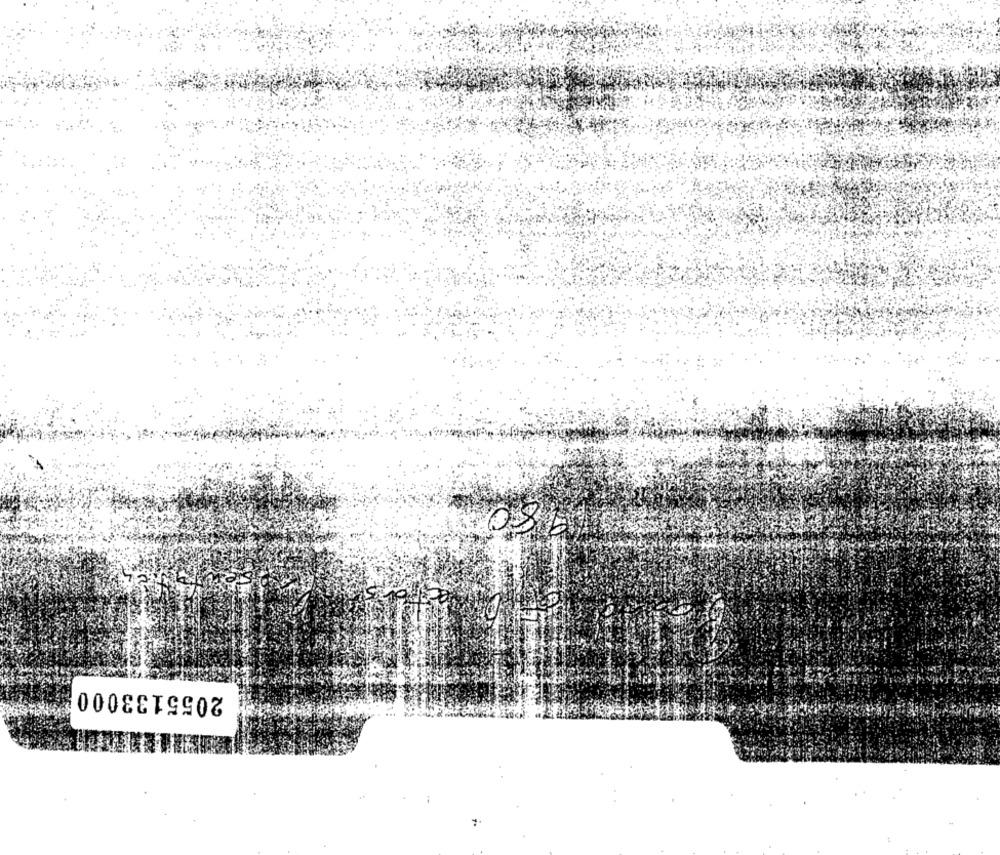
08
2055133000